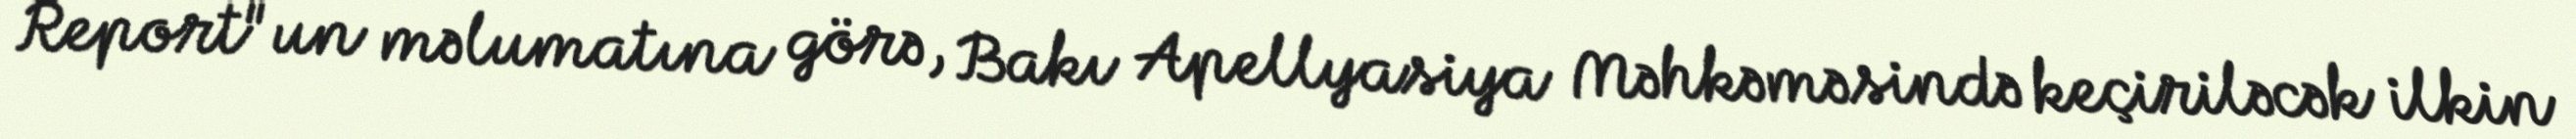
Report"un məlumatına görə, Bakı Apellyasiya Məhkəməsində keçiriləcək ilkin